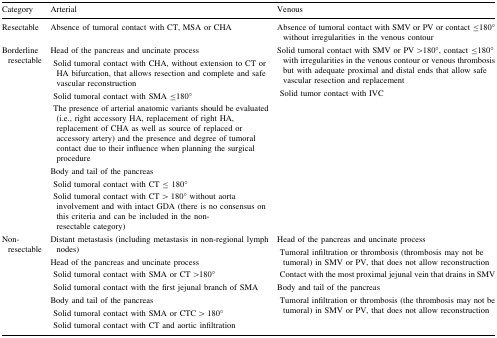
<table><thead><tr><td><b>Category</b></td><td><b>Arterial</b></td><td><b>Venous</b></td></tr></thead><tbody><tr><td>Resectable</td><td>Absence of tumoral contact with CT, MSA or CHA</td><td>Absence of tumoral contact with SMV or PV or contact ≤180° without irregularities in the venous contour</td></tr><tr><td>Borderline resectable</td><td>Head of the pancreas and uncinate process Solid tumoral contact with CHA, without extension to CT or HA bifurcation, that allows resection and complete and safe vascular reconstruction Solid tumoral contact with SMA ≤180° The presence of arterial anatomic variants should be evaluated (i.e., right accessory HA, replacement of right HA, replacement of CHA as well as source of replaced or accessory artery) and the presence and degree of tumoral contact due to their influence when planning the surgical procedureBody and tail of the pancreas Solid tumoral contact with CT ≤ 180° Solid tumoral contact with CT &gt; 180° without aorta involvement and with intact GDA (there is no consensus on this criteria and can be included in the non-resectable category)</td><td>Solid tumoral contact with SMV or PV &gt;180°, contact ≤180° with irregularities in the venous contour or venous thrombosis but with adequate proximal and distal ends that allow safe vascular resection and replacement Solid tumor contact with IVC</td></tr><tr><td>Non-resectable</td><td>Distant metastasis (including metastasis in non-regional lymph nodes)Head of the pancreas and uncinate process Solid tumoral contact with SMA or CT &gt;180° Solid tumoral contact with the first jejunal branch of SMABody and tail of the pancreas Solid tumoral contact with SMA or CTC &gt; 180° Solid tumoral contact with CT and aortic infiltration</td><td>Head of the pancreas and uncinate process Tumoral infiltration or thrombosis (thrombosis may not be tumoral) in SMV or PV, that does not allow reconstruction Contact with the most proximal jejunal vein that drains in SMVBody and tail of the pancreas Tumoral infiltration or thrombosis (the thrombosis may not be tumoral) in SMV or PV, that does not allow reconstruction</td></tr></tbody></table>